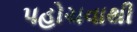
પહોચવાથી